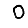
Digit: 0